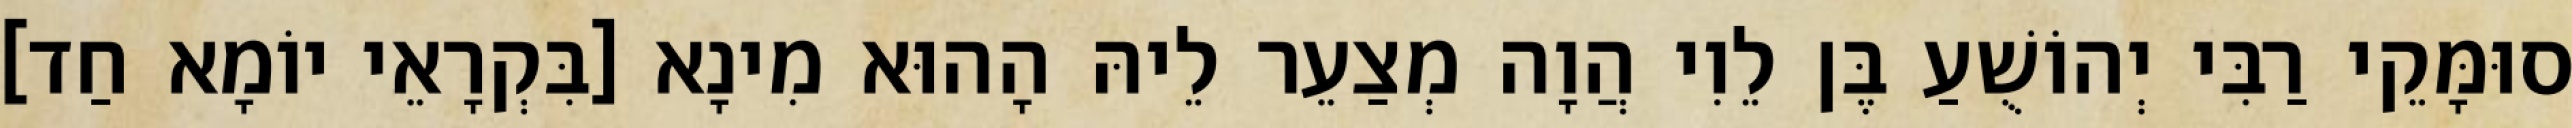
סוּמָּקֵי רַבִּי יְהוֹשֻׁעַ בֶּן לֵוִי הֲוָה מְצַעֵר לֵיהּ הָהוּא מִינָא [בִּקְרָאֵי יוֹמָא חַד]